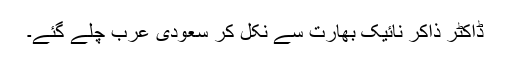
ڈاکٹر ذاکر نائیک بھارت سے نکل کر سعودی عرب چلے گئے۔